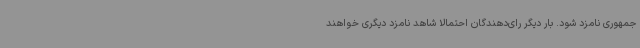
جمهوری نامزد شود. بار دیگر رای‌دهندگان احتمالا شاهد نامزد دیگری خواهند